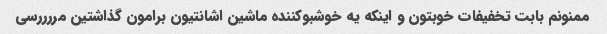
ممنونم بابت تخفیفات خوبتون و اینکه یه خوشبوکننده ماشین اشانتیون برامون گذاشتین مررررسی